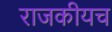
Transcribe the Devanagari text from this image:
राजकीयच